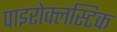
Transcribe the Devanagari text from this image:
पाइरोक्लस्टिक